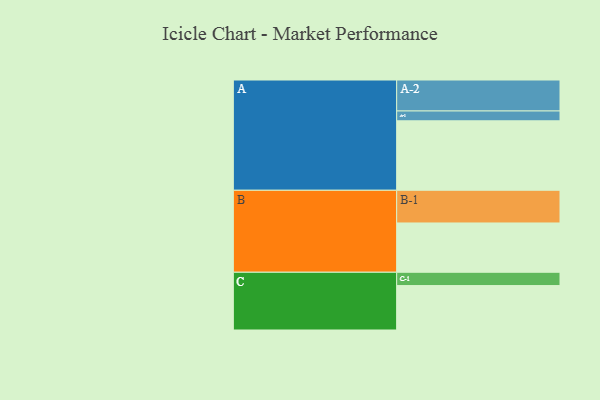
{"axis": {"x": "Segment", "y": "Value"}, "legend": ["", "A", "B", "C"], "data": [{"x": "A", "y": 599, "type": ""}, {"x": "B", "y": 425, "type": ""}, {"x": "C", "y": 383, "type": ""}, {"x": "A-1", "y": 85, "type": "A"}, {"x": "A-2", "y": 267, "type": "A"}, {"x": "B-1", "y": 282, "type": "B"}, {"x": "C-1", "y": 115, "type": "C"}]}